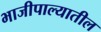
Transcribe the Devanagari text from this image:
भाजीपाल्यातील